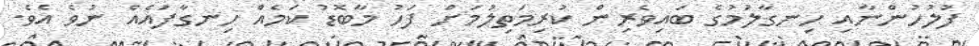
ފުލުހުންނާއި ހިނގާލުމުގެ ބައިވެރިން ކުރިމަތިލުމަށް ފަހު މާބޮޑު ކަމެއް ހިނގާފައެއް ނުވެ އެވެ.